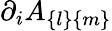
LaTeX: \partial_{i}A_{\{ l\} \{ m\} }